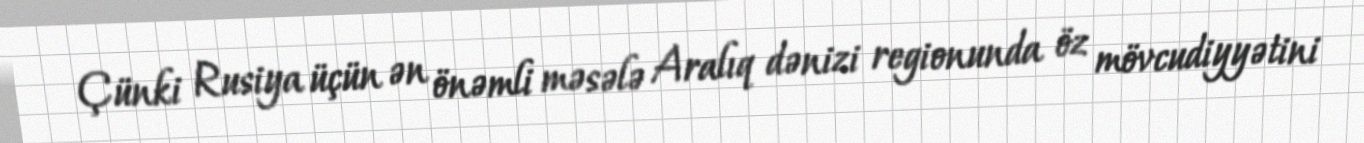
Çünki Rusiya üçün ən önəmli məsələ Aralıq dənizi regionunda öz mövcudiyyətini